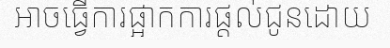
អាចធ្វើការផ្អាកការផ្តល់ជូនដោយ